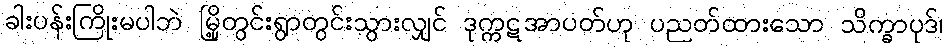
ခါးပန်းကြိုးမပါဘဲ မြို့တွင်းရွာတွင်းသွားလျှင် ဒုက္ကဋအာပတ်ဟု ပညတ်ထားသော သိက္ခာပုဒ်၊